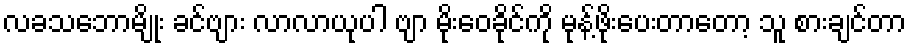
လခသဘောမျိုး ခင်ဗျား လာလာယုပါ ဗျာ မိုးဝေခိုင်ကို မုန့်ဖိုးပေးတာတော့ သူ စားချင်တာ